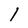
Character: 1